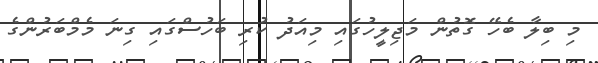
މި ބިލާ ބެހޭ ގޮތުން މަޖިލީހުގައި މިއަދު ކުރި ބަހުސްގައި ގިނަ މެމްބަރުންގެ